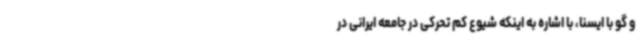
و گو با ایسنا، با اشاره به اینکه شیوع کم تحرکی در جامعه ایرانی در